Medical and sanitary report of the native army of Bengal for the year
Year: 1875
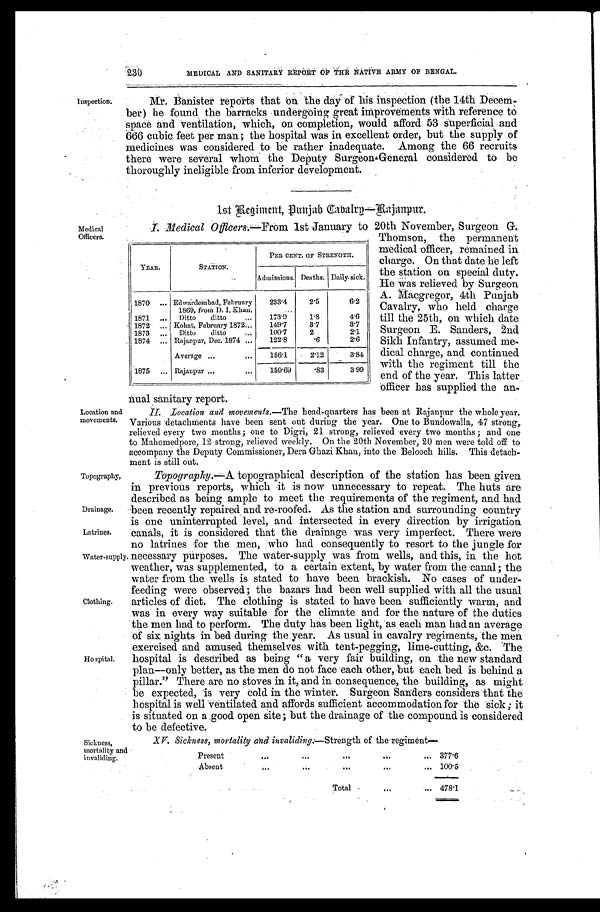
Inspection.
230
MEDI CAL AND SANI TARY REPORT OF THE NATI VE ARMY OF BENGAL.
Mr. Banister reports that the day of his inspection (the 14th Decem
- b e r ) h e f o u n d t h e b a r r a c k s u n d e r g o i n g g r e a t i m p r o v e m e n t s w i t h r e f e r e n c e t o
space and ventilation, which, on completion, would afford 53 superficial and
666 cubic feet per man; the hospital was in excellent order, but the supply of
medicines was considered to be rather inadequate. Among the 66 recruits
there were several whom the Deputy Surgeon-General considered to be
thoroughly ineligible from inferior development.
Medical
Officers.
Location and
movements.
1st Regiment, Punjab Cabalry—Rajanpur.
I. Medical Officers.—From 1st January to 20th November, Surgeon G
. Thomson, the permanent
medical officer, remained in
charge. On that date he left
the station on special duty.
He was relieved by Surgeon
A. Macgregor, 4th Punjab
Cavalry, who held charge
till the 25th, on which date
Surgeon E. Sanders, 2nd.
Sikh Infantry, assumed me
-dical charge, and continued
with the regiment till the
end of the year. This latter
officer has supplied the an-
nual sanitary report.
II. Location and movements. —The head-quarters has been at Rajanpur the whole year.
Various detachments have been sent out during the year. One to Bundowalla, 47 strong,
relieved every two months; one to Digri, 21 strong, relieved every two months; and one
to Mahomedpore, 12 strong, relieved weekly. On the 20th November, 20 men were told off to
accompany the Deputy Commissioner, Dera Ghazi Khan, into the Belooch hills. This detach
- m e n t i s S t i l l o u t .
YEAR.
STATION.
PER CENT. OF STRENGTH.
Admissions. Deaths. Daily sick.
1870
Edwardesabad, February
1869, from D. I. Khan.
233.4 2. 5
6.2
1871
Ditto ditto
173.9 1. 8
4.6
1872
Kohat, February 1872 149.7 3. 7
3.7
1873
Ditto ditto
100.7 2
2.1
1874
Rajanpur, Dec. 1874
122.8
.6
2.6
Average
156.1
2.12
3.8
4
1875
Rajanpur
159.69 .83
3.99
Topography,
Drainage.
Latrines.
Water supply
Clothing.
Hospital.
Topography.—A topographical description of the station has been given
in previous reports, which it is now unnecessary to repeat. The huts are
described as being ample to meet the requirements of the regiment, and had
been recently repaired and re-roofed. As the station and surrounding country
is one uninterrupted level, and intersected in every direction by irrigation
canals, it is considered that the drainage was very imperfect. There were
no latrines for the men, who had consequently to resort to the jungle for
necessary purposes. The water-supply was from wells, and this, in the hot
weather, was supplemented, to a certain extent, by water from the canal; the
water from the wells is stated to have been brackish. No cases of under
-feeding were observed; the bazars had been well supplied with all the usual
articles of diet. The clothing is stated to have been sufficiently warm, and
was in every way suitable for the climate and for the nature of the duties
the men had to perform. The duty has been light, as each man had an average
of six nights in bed during the year. As usual in cavalry regiments, 'the men
exercised and amused themselves with tent-pegging, lime-cutting, &c. The
hospital is described as being "a very fair building, on the new standard
plan—only better, as the men do not face each other, but each bed is behind a
pillar." There are no stoves in it, and in consequence, the building, as might
be expected, is very cold in the winter. Surgeon Sanders considers that the
hospital is well ventilated and affords sufficient accommodation for the sick; it
is situated on a good open site; but the drainage of the compound is considered
to be defective.
Sickness,
mortality and
invaliding.
XV. Sickness, mortality and invaliding: —Strength of the regiment—
Present
377.6
Absent
100.5
Total
4 7 8 . 1